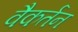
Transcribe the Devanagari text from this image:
वैकर्तन